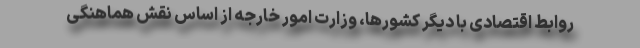
روابط اقتصادی با دیگر کشورها، وزارت امور خارجه از اساس نقش هماهنگی